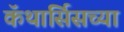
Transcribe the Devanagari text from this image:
कॅथार्सिसच्या